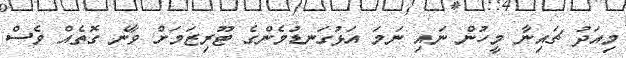
މިއަދު ޗައިނާ މީހުން ނައި ނަމަ އަޅުގަނޑުމެންގެ ޓޫރިޒަމަށް ވާނެ ގޮތެއް ވެސް